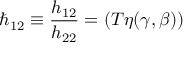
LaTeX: \hbar _ { 1 2 } \equiv \frac { h _ { 1 2 } } { h _ { 2 2 } } = ( T \eta ( \gamma , \beta ) )